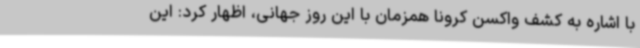
با اشاره به کشف واکسن کرونا همزمان با این روز جهانی، اظهار کرد: این